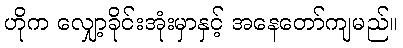
ဟိုက လျှော့ခိုင်းအုံးမှာနှင့် အနေတော်ကျမည်။